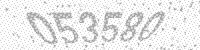
Solution: 053580